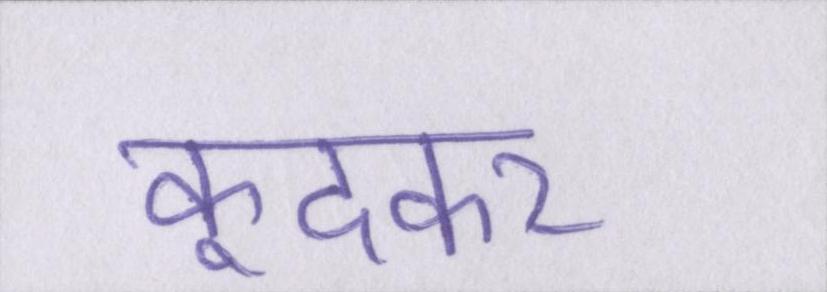
कूदकर